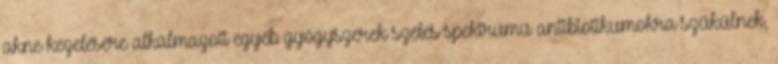
akne kezelésére alkalmazott egyéb gyógyszerek széles spektrumú antibiotikumokra szűkülnek,